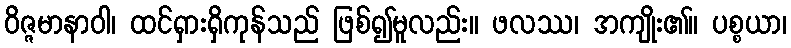
ဝိဇ္ဇမာနာဝါ၊ ထင်ရှားရှိကုန်သည် ဖြစ်၍မူလည်း။ ဖလဿ၊ အကျိုး၏။ ပစ္စယာ၊